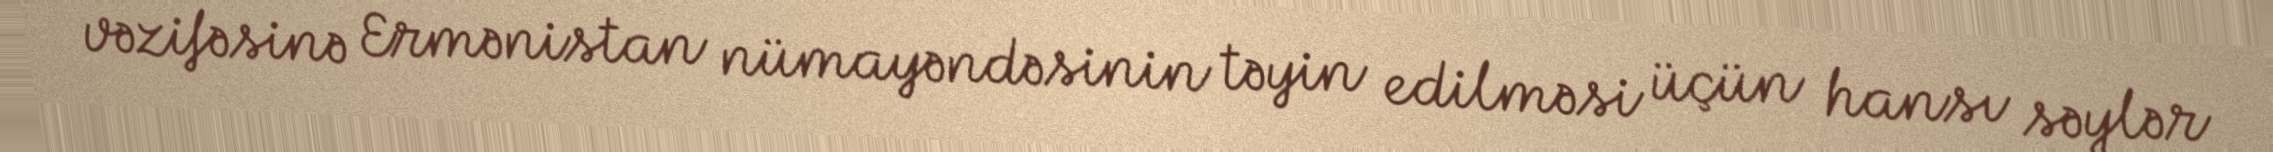
vəzifəsinə Ermənistan nümayəndəsinin təyin edilməsi üçün hansı səylər